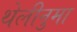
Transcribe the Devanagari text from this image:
थेलीनुमा